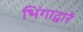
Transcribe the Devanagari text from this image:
भिंगाद्वारे